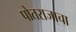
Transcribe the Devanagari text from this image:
पोतराजाचा